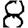
Digit: 8